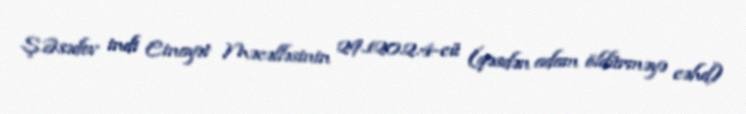
Ş.Əsədov indi Cinayət Məcəlləsinin 29.120.2.4-cü (qəsdən adam öldürməyə cəhd)